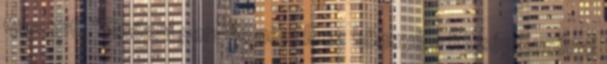
Quandt. “Győzni persze nem lesz könnyű a Közép Európai